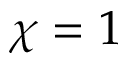
\chi = 1